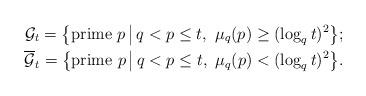
LaTeX: \begin{align*}{\cal G}_t =\big\{\mbox{\rm prime $p$}\,\big|\, q<p\le t,~ \mu_q(p)\ge(\log_q t)^2\big\};\\\overline{\cal G}_t =\big\{\mbox{\rm prime $p$}\,\big|\, q<p\le t,~\mu_q(p)<(\log_q t)^2\big\}.\end{align*}